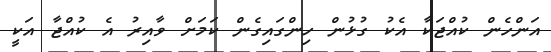
އަންހެން ކުއްޖަކާ އެކު ގުޅުން ހިންގައިގެން ކަމަށް ވާއިރު އެ ކުއްޖާ އަކީ